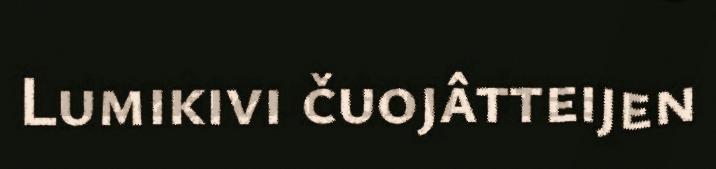
Lumikivi čuojâtteijen